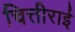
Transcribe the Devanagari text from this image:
चित्तीराई